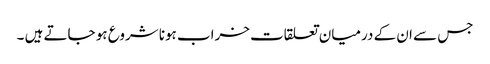
جس سے ان کے درمیان تعلقات خراب ہونا شروع ہو جاتے ہیں ۔